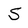
Character: S